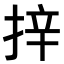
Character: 𭡄